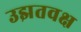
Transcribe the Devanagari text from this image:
उझतवक्ष